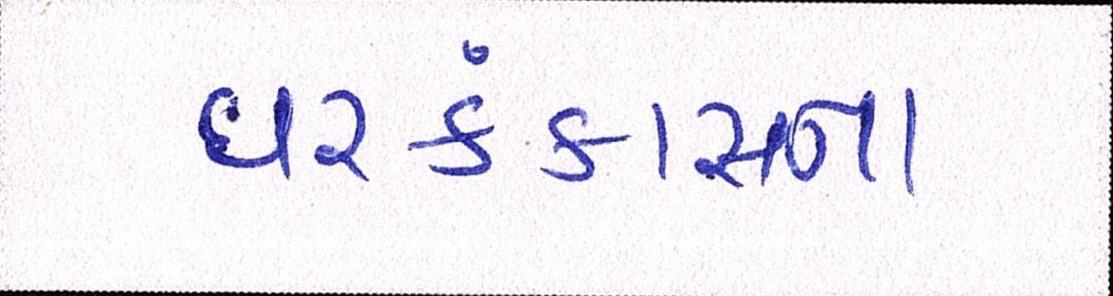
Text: ઘરકંકાસના